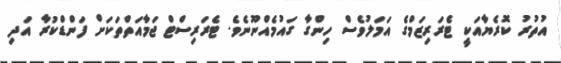
އުތުރު ކޮރެޔާއަކީ ޓެރަރިޒަމްގެ އަމަލުވެސް ހިންގާ ގައުމެއްނޫނެވެ. ޓެރަރިސްޓް ޖަމާއަތްތަކަށް ފަންޑްކުރާ އަދި